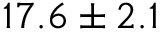
1 7 . 6 \pm 2 . 1